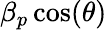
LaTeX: \beta_{p}\cos(\theta)